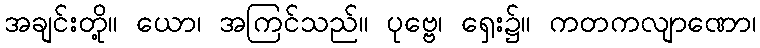
အချင်းတို့။ ယော၊ အကြင်သည်။ ပုဗ္ဗေ၊ ရှေး၌။ ကတကလျာဏော၊